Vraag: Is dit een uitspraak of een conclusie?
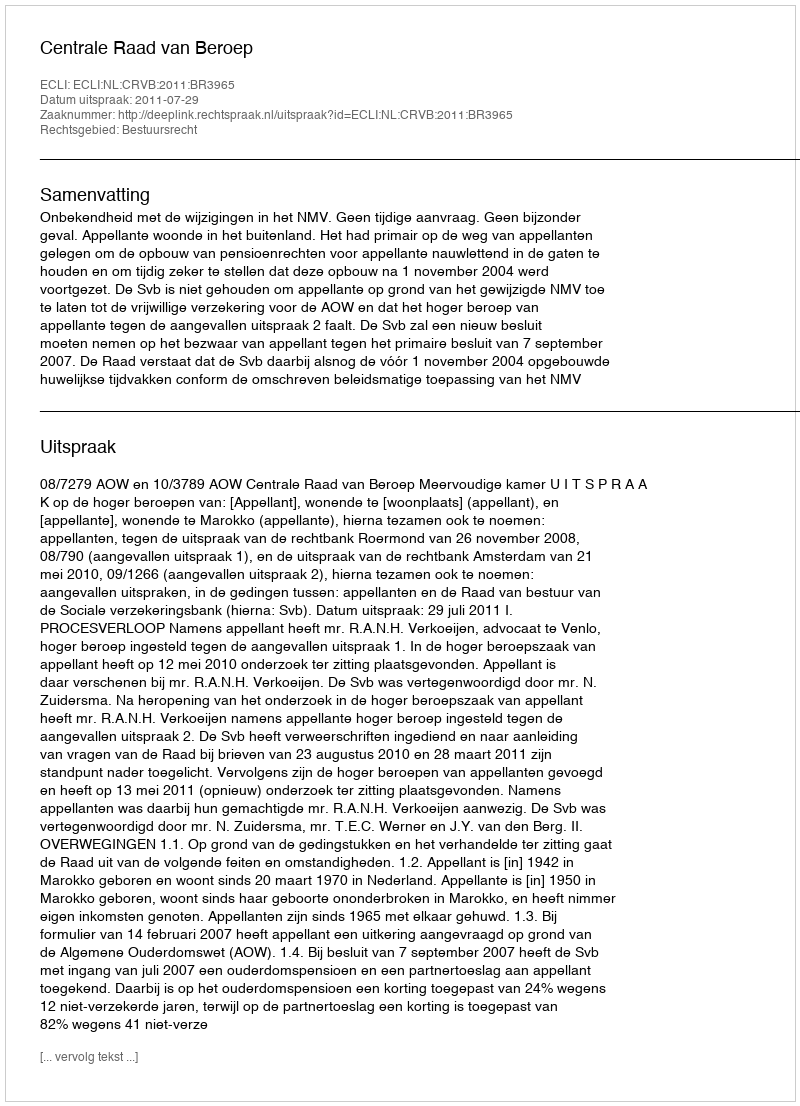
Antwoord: Uitspraak